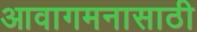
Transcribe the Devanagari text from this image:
आवागमनासाठी